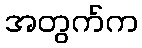
အတွက်က